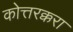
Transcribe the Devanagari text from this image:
कोत्तरक्करा